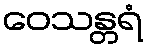
ဝေသန္တရံ